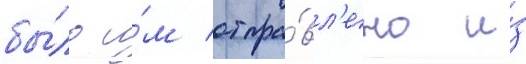
бы́ло и́м отпра́вл'ено и́з